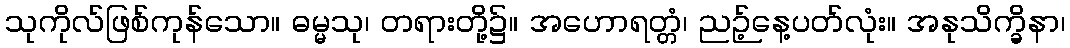
သုကိုလ်ဖြစ်ကုန်သော။ ဓမ္မသု၊ တရားတို့၌။ အဟောရတ္တံ၊ ညဉ့်နေ့ပတ်လုံး။ အနုသိက္ခိနာ၊